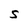
Character: S